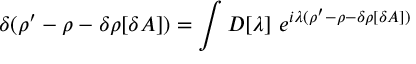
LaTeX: \delta ( \rho ^ { \prime } - \rho - \delta \rho [ \delta A ] ) = \int D [ \lambda ] \ e ^ { i \lambda ( \rho ^ { \prime } - \rho - \delta \rho [ \delta A ] ) }